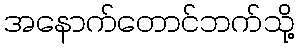
အနောက်တောင်ဘက်သို့